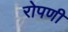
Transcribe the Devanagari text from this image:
रोपणी